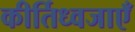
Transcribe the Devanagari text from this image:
कीर्तिध्वजाएँ